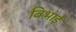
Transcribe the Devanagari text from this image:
बिभाई